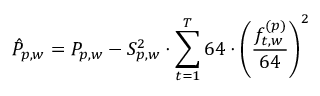
\hat { P } _ { p , w } = P _ { p , w } - S _ { p , w } ^ { 2 } \cdot \sum _ { t = 1 } ^ { T } 6 4 \cdot \left( \frac { f _ { t , w } ^ { ( p ) } } { 6 4 } \right) ^ { 2 }